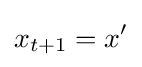
x_{t+1}=x'